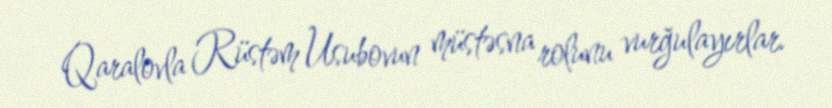
Qaralovla Rüstəm Usubovun müstəsna rolunu vurğulayırlar.